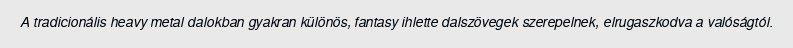
A tradicionális heavy metal dalokban gyakran különös, fantasy ihlette dalszövegek szerepelnek, elrugaszkodva a valóságtól.